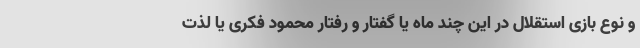
و نوع بازی استقلال در این چند ماه یا گفتار و رفتار محمود فکری یا لذت